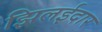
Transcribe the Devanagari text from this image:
झिलईदार